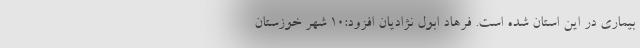
بیماری در این استان شده است. فرهاد ابول نژادیان افزود:۱۰ شهر خوزستان